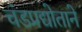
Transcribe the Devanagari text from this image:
चंडप्रद्योताने